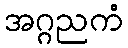
အဂ္ဂညကံ